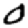
Digit: 0